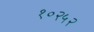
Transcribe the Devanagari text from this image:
१०२५२